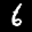
Label: 6